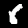
Label: 6